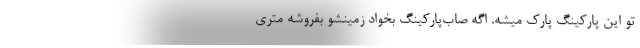
تو این پارکینگ پارک میشه. اگه صاب‌پارکینگ بخواد زمینشو بفروشه متری